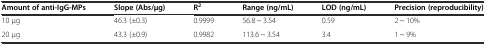
<table><thead><tr><td><b>Amount of anti-IgG-MPs</b></td><td><b>Slope (Abs/μg)</b></td><td><b>R<sup>2</sup></b></td><td><b>Range (ng/mL)</b></td><td><b>LOD (ng/mL)</b></td><td><b>Precision (reproducibility)</b></td></tr></thead><tbody><tr><td>10 μg</td><td>46.3 (±0.3)</td><td>0.9999</td><td>56.8 ~ 3.54</td><td>0.59</td><td>2 ~ 10%</td></tr><tr><td>20 μg</td><td>43.3 (±0.9)</td><td>0.9982</td><td>113.6 ~ 3.54</td><td>3.4</td><td>1 ~ 9%</td></tr></tbody></table>